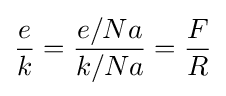
{\frac {e}{k}}={\frac {e/Na}{k/Na}}={\frac {F}{R}}